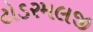
ટોડરમલજી